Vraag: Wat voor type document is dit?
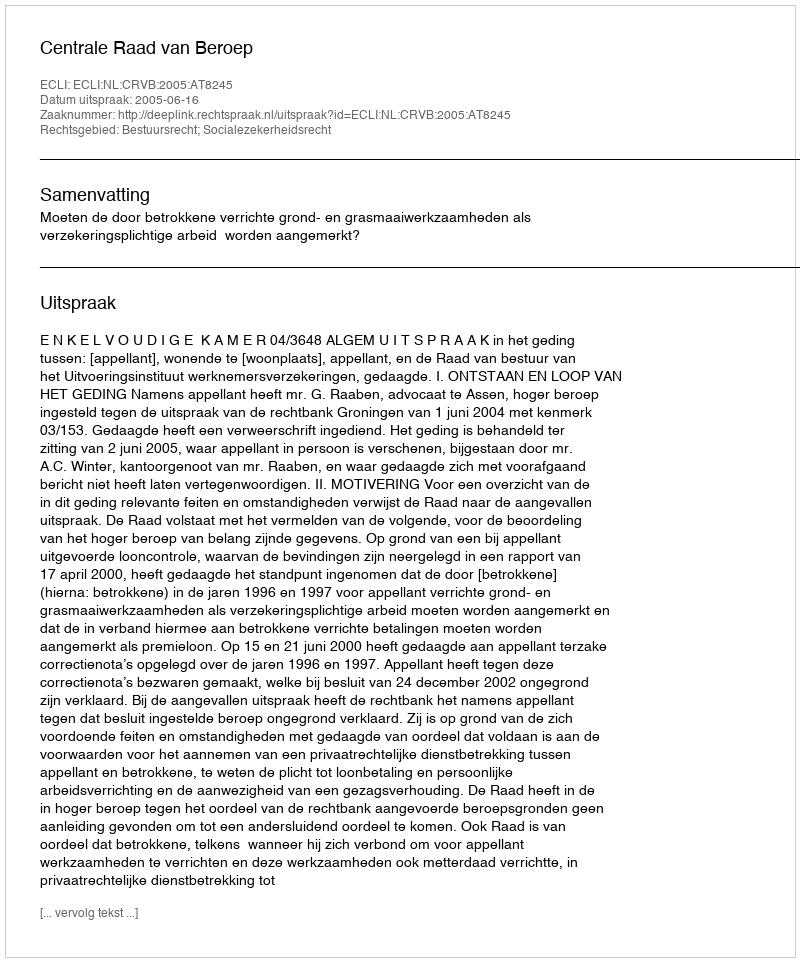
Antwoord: Uitspraak